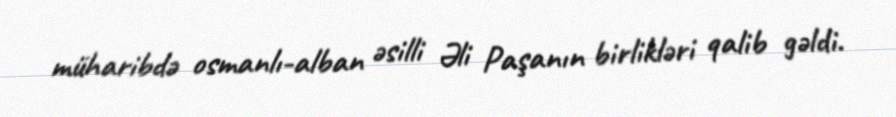
müharibdə osmanlı-alban əsilli Əli Paşanın birlikləri qalib gəldi.